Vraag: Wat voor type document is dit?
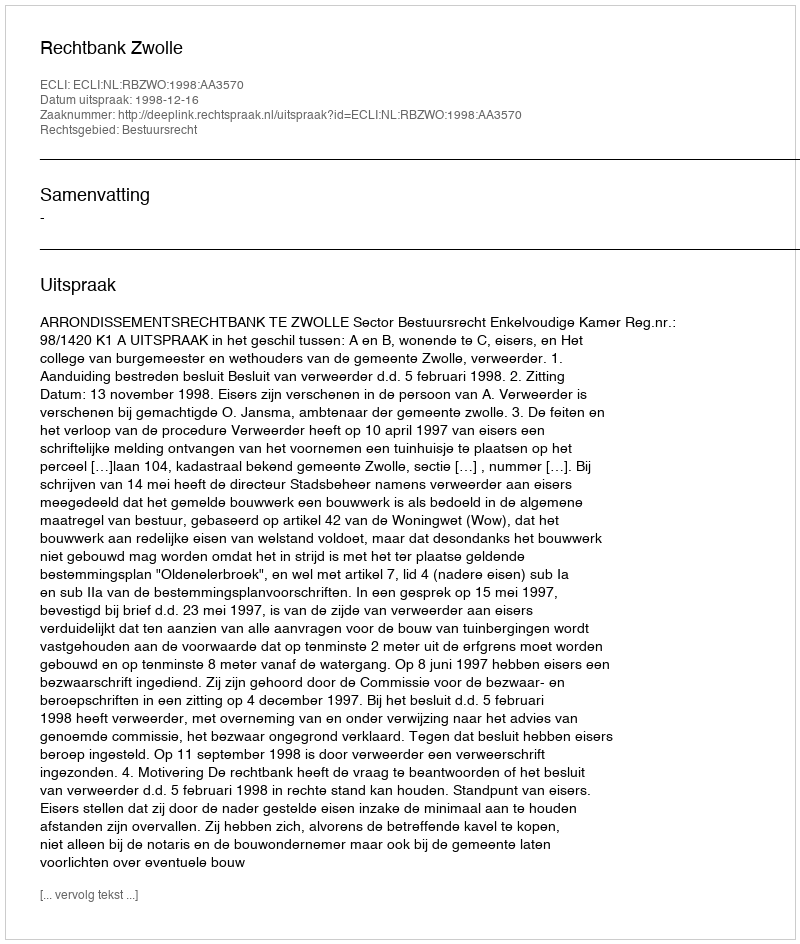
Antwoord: Uitspraak